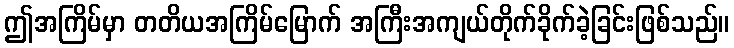
ဤအကြိမ်မှာ တတိယအကြိမ်မြောက် အကြီးအကျယ်တိုက်ခိုက်ခဲ့ခြင်းဖြစ်သည်။